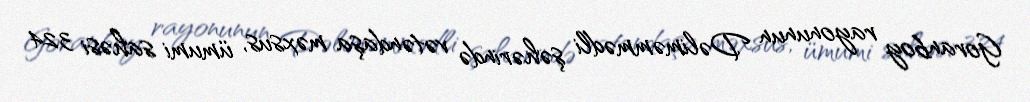
Goranboy rayonunun Dəliməmmədli şəhərində vətəndaşa məxsus, ümumi sahəsi 324